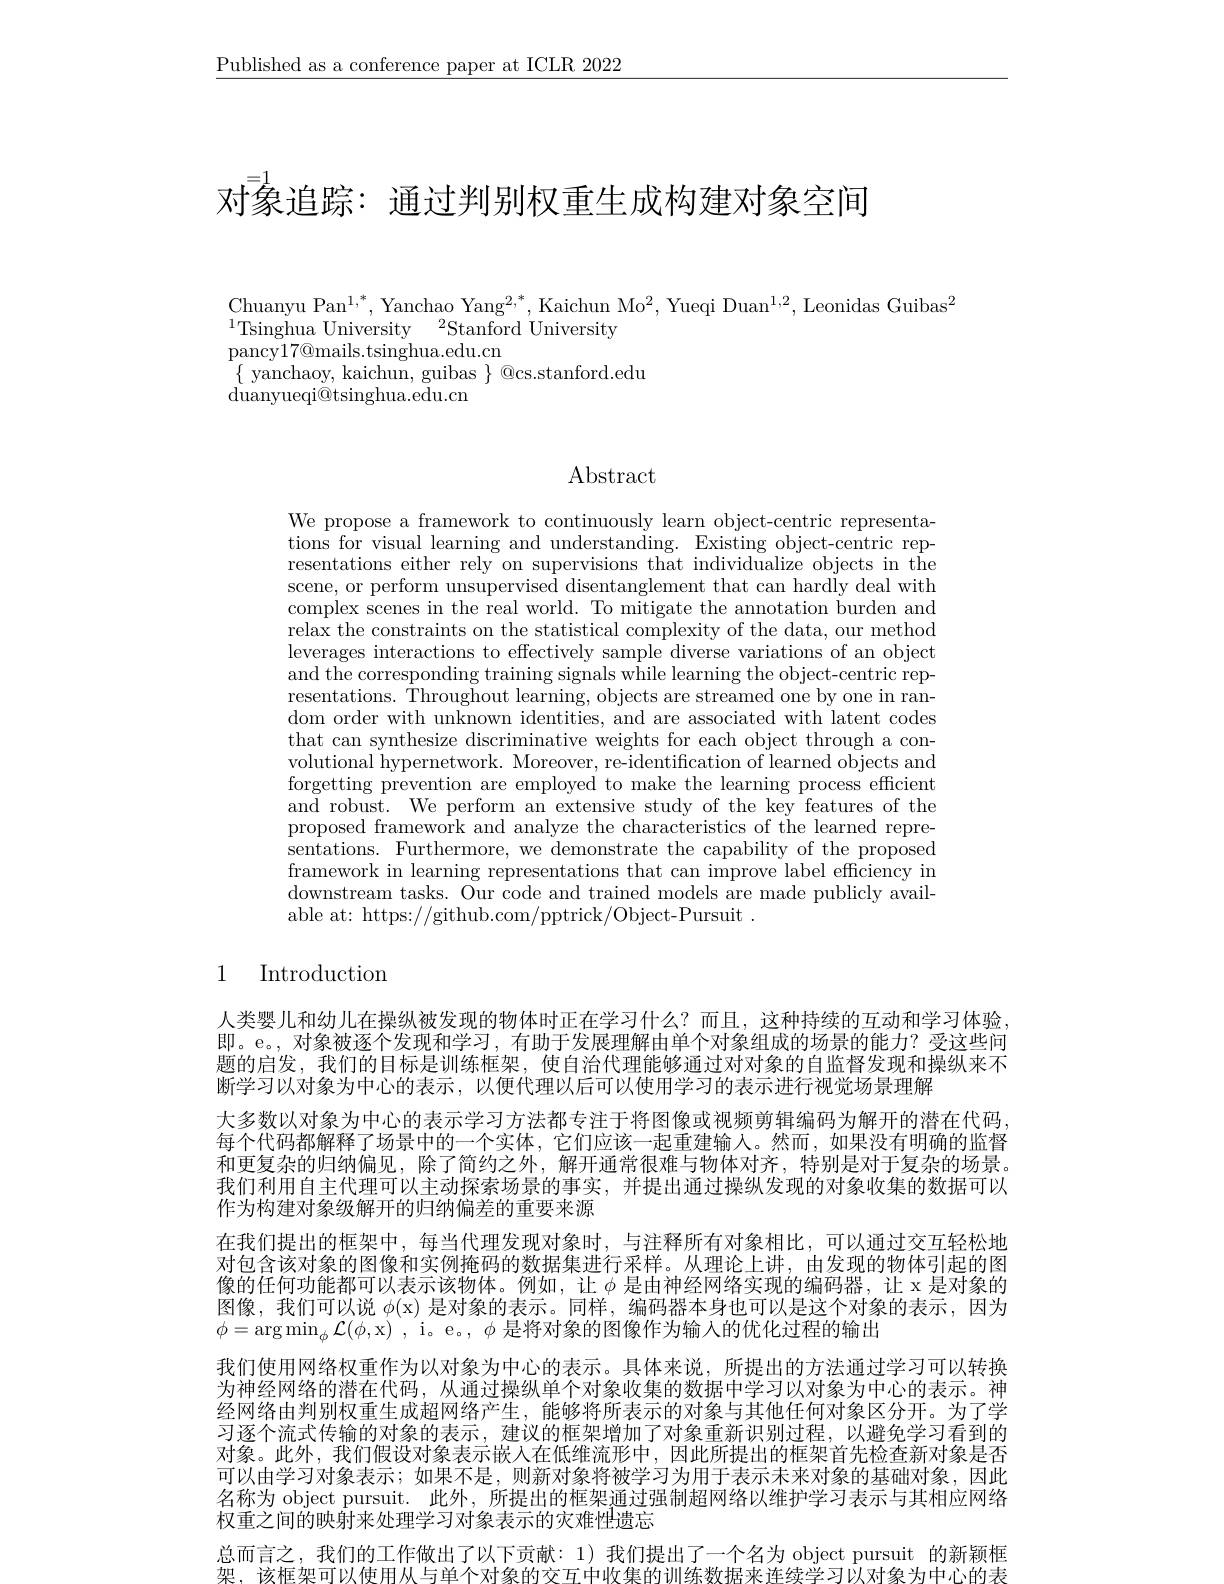
$\underline{\text{Published as a conference paper at ICLR 2022}}$

对象追踪：通过判别权重生成构建对象空间

Chuanyu Pan$^1,^{*}$, Yanchao Yang$^2,^{*}$, Kaichun Mo$^2$, Yueqi Duan$^1,2$, Leonidas Guibas$^2$
$^{1}\underset{177}{\operatorname*{\text{Tsinghua University}}}{\operatorname*{\:}}\overset{2}{\operatorname*{\mathrm{Stanford~University}}}$
$\bar{\mathrm{pancy17@mails.tsinghua.edu.cn}}$
$\{$ yanchaoy, kaichun, guibas $\}$ @cs.stanford.edu
${\mathrm{duanyueqi@tsinghua.edu.cn}}$

Abstract

We propose a framework to continuously learn object-centric representations for visual learning and understanding. Existing object-centric representations either rely on supervisions that individualize objects in the scene, or perform unsupervised disentanglement that can hardly deal with complex scenes in the real world. To mitigate the annotation burden and relax the constraints on the statistical complexity of the data, our method leverages interactions to effectively sample diverse variations of an object and the corresponding training signals while learning the object-centric representations. Throughout learning, objects are streamed one by one in random order with unknown identities, and are associated with latent codes that can synthesize discriminative weights for each object through a convolutional hypernetwork. Moreover, re-identification of learned objects and forgetting prevention are employed to make the learning process efficient and robust. We perform an extensive study of the key features of the proposed framework and analyze the characteristics of the learned representations. Furthermore, we demonstrate the capability of the proposed framework in learning representations that can improve label efficiency in downstream tasks. Our code and trained models are made publicly available at: https://github.com/pptrick/Object-Pursuit~.

## 1 Introduction

人类婴儿和幼儿在操纵被发现的物体时正在学习什么？而且，这种持续的互动和学习体验， 即。e。,对象被逐个发现和学习，有助于发展理解由单个对象组成的场景的能力？受这些问题的启发，我们的目标是训练框架，使自治代理能够通过对对象的自监督发现和操纵来不断学习以对象为中心的表示，以便代理以后可以使用学习的表示进行视觉场景理解
大多数以对象为中心的表示学习方法都专注于将图像或视频剪辑编码为解开的潜在代码每个代码都解释了场景中的一个实体，它们应该一起重建输入。然而，如果没有明确的监督和更复杂的归纳偏见，除了简约之外，解开通常很难与物体对齐，特别是对于复杂的场景。我们利用自主代理可以主动探索场景的事实，并提出通过操纵发现的对象收集的数据可以作为构建对象级解开的归纳偏差的重要来源
在我们提出的框架中，每当代理发现对象时，与注释所有对象相比，可以通过交互轻松地对包含该对象的图像和实例掩码的数据集进行采样。从理论上讲，由发现的物体引起的图像的任何功能都可以表示该物体。例如，让$\phi$是由神经网络实现的编码器，让 x 是对象的图像，我们可以说$\phi ($x)是对象的表示。同样，编码器本身也可以是这个对象的表示，因为$\phi=\arg\min_{\phi}{\mathcal{L}}(\phi$,x) , i。e。$,\phi$是将对象的图像作为输入的优化过程的输出
我们使用网络权重作为以对象为中心的表示。具体来说，所提出的方法通过学习可以转换为神经网络的潜在代码，从通过操纵单个对象收集的数据中学习以对象为中心的表示。神经网络由判别权重生成超网络产生，能够将所表示的对象与其他任何对象区分开。为了学习逐个流式传输的对象的表示，建议的框架增加了对象重新识别过程，以避免学习看到的对象。此外，我们假设对象表示嵌人在低维流形中，因此所提出的框架首先检查新对象是否可以由学习对象表示；如果不是，则新对象将被学习为用于表示未来对象的基础对象，因此名称为 object pursuit. 此外，所提出的框架通过强制超网络以维护学习表示与其相应网络权重之间的映射来处理学习对象表示的灾难性遗忘
总而言之，我们的工作做出了以下贡献：1)我们提出了一个名为 object pursuit 的新颖相